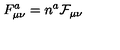
F _ { \mu \nu } ^ { a } = n ^ { a } \mathcal { F } _ { \mu \nu }